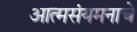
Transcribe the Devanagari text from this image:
आत्मसंयमनाचे